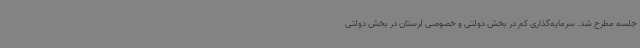
جلسه مطرح شد. سرمایه‌گذاری کم در بخش دولتی و خصوصی لرستان در بخش دولتی